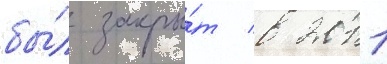
бы́л закры́т в 2011